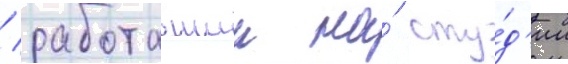
/ работавшии на́ сту́д'ии